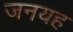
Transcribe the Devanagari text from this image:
जनयह